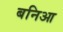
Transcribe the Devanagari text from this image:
बनिआ